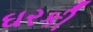
ઘરકી